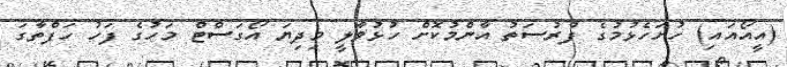
(އީއޯއައި) ހުށަހެޅުމުގެ ފުރުސަތު އާންމުކޮށް ހުޅުވާލީ މިދިޔަ އޯގަސްޓް މަހުގެ ފަހު ހަފްތާގަ